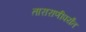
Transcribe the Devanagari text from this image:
ताराराणीपर्यंत